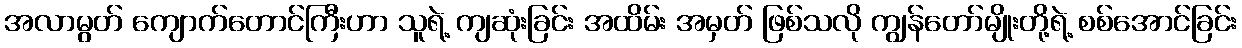
အလာမွတ် ကျောက်တောင်ကြီးဟာ သူရဲ့ ကျဆုံးခြင်း အထိမ်း အမှတ် ဖြစ်သလို ကျွန်တော်မျိုးတို့ရဲ့ စစ်အောင်ခြင်း